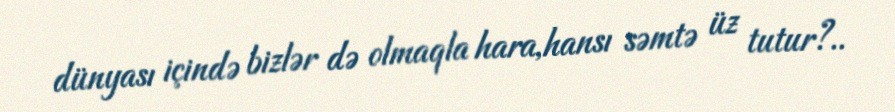
dünyası içində bizlər də olmaqla hara,hansı səmtə üz tutur?..